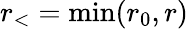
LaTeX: r_{<}=\mathrm{min}(r_{0},r)